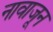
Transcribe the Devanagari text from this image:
नावाजून